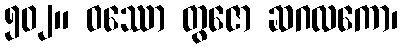
၅၀၂။ ဝဿော တွဇော ဆဂလကော၊